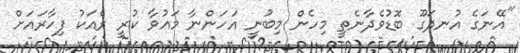
''އޭނަގެ އުނދަގޫ ބޮޑުވެދާނެތީ މިހެން މިބުނީ އަހަންނާ މައުވާ ކުރީ ރެއަކު ފިހާރައަށް